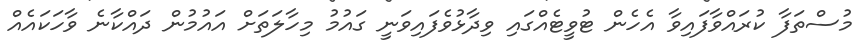
މުސްތަފާ ކުރައްވާފައިވާ އެހެން ޓުވީޓެއްގައި ވިދާޅުވެފައިވަނީ ގައުމު މިހާލަތަށް އައުމުން ދައްކާނެ ވާހަކައެއް